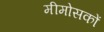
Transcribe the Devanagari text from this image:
मीमोसकों